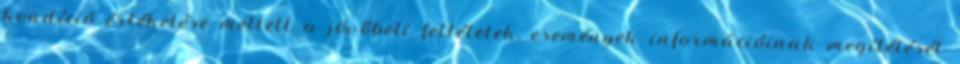
kondíció értékelése mellett a jövőbeli feltételek, események információinak megítélését